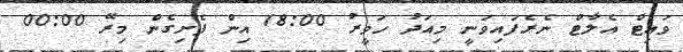
ވައިޓް އެލާޓް ނެރެފައިވަނީ މިއަދު ހަވީރު 18:00 އިން ފެށިގެން މިރޭ 00:00